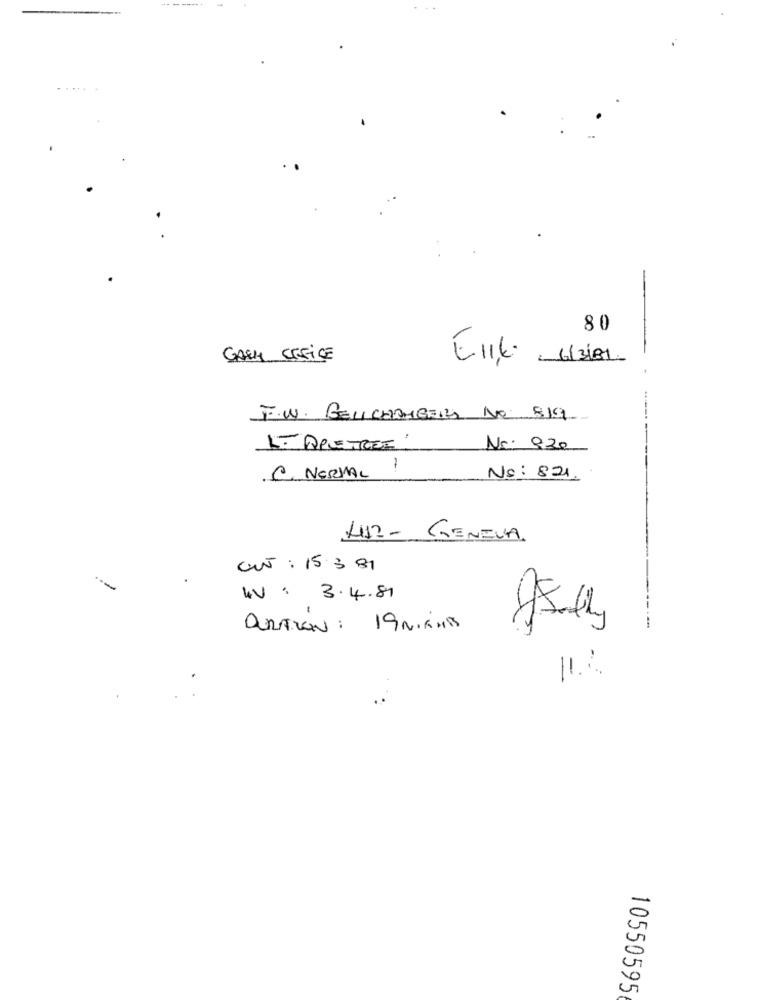
80
GARH CEEiCE
6/3181.
F.W. GELICHAMBERS NO 819
L- APPLETREE:
Nr. 920
. C. NORMAL !
No: 821
412- GENEVA.
OUT : 15 3 81
ist
W.V : 3.4.81
DURAZON : 19 Miami
-----
11%
10550595